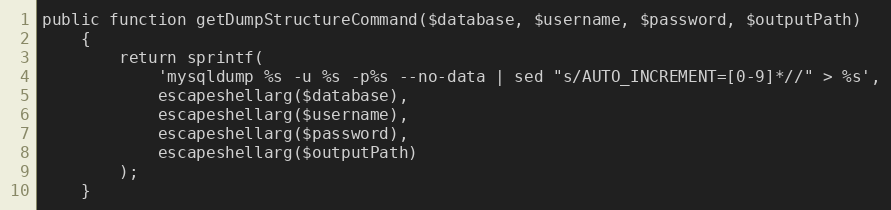
Language: PHP
public function getDumpStructureCommand($database, $username, $password, $outputPath)
    {
        return sprintf(
            'mysqldump %s -u %s -p%s --no-data | sed "s/AUTO_INCREMENT=[0-9]*//" > %s',
            escapeshellarg($database),
            escapeshellarg($username),
            escapeshellarg($password),
            escapeshellarg($outputPath)
        );
    }